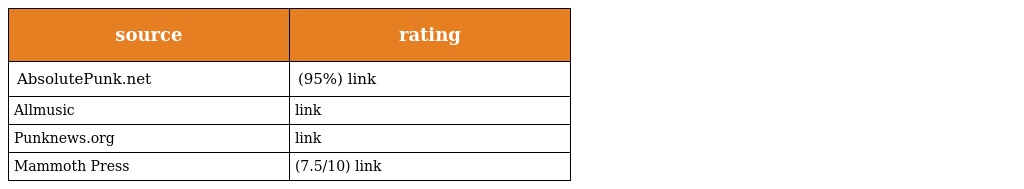
| source | rating |
 | --- | --- |
 | AbsolutePunk.net | (95%) link |
 | Allmusic | link |
 | Punknews.org | link |
 | Mammoth Press | (7.5/10) link |